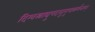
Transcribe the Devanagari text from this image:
दिग्वस्त्राद्युपदातुमुपाकर्षन्तम्‌।